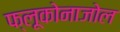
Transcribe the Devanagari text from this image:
फ्लूकोनाजोल